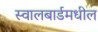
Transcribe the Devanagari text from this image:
स्वालबार्डमधील